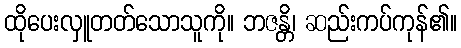
ထိုပေးလှူတတ်သောသူကို။ ဘဇန္တိ၊ ဆည်းကပ်ကုန်၏။